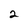
Character: 2